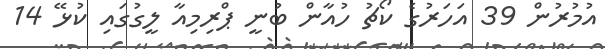
އުމުރުން 39 އަހަރުގެ ކޯޗު ހުއާން ބުނީ ޕްރިމިއާ ލީގުގައި ކުޅޭ 14